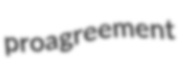
proagreement